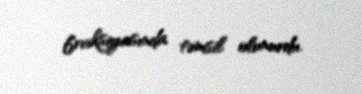
fraksiyasında təmsil olunurdu.